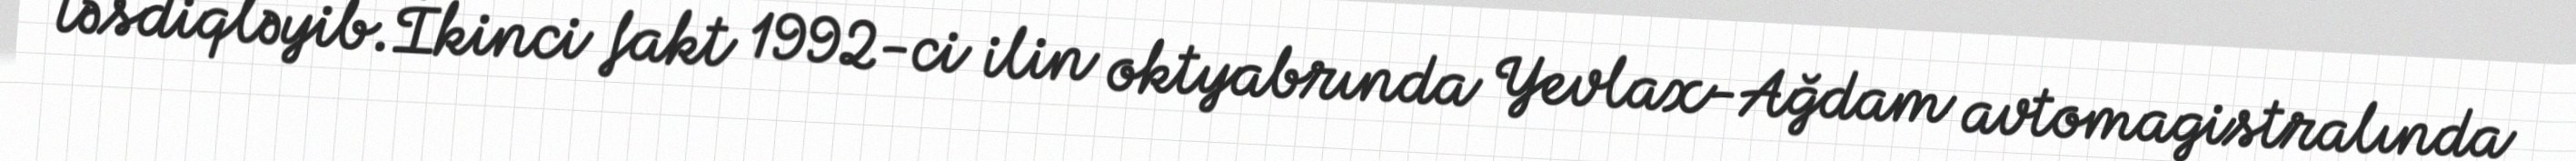
təsdiqləyib.İkinci fakt 1992-ci ilin oktyabrında Yevlax-Ağdam avtomagistralında